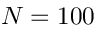
N = 1 0 0